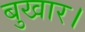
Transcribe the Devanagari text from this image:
बुखार।